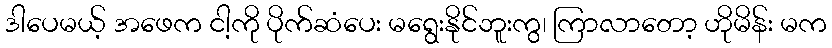
ဒါပေမယ့် အဖေက ငါ့ကို ပိုက်ဆံပေး မရွေးနိုင်ဘူးကွ၊ ကြာလာတော့ ဟိုမိန်း မက